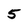
Character: 5